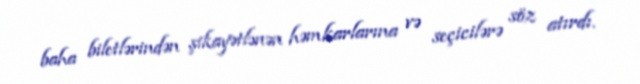
baha biletlərindən şikayətlənən həmkarlarına və seçicilərə söz atırdı.